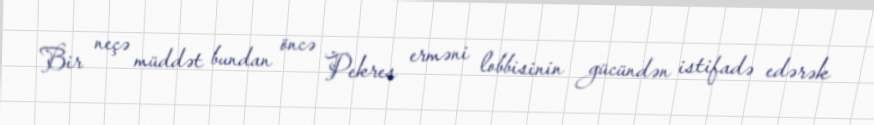
Bir neçə müddət bundan öncə Pekres erməni lobbisinin gücündən istifadə edərək